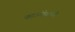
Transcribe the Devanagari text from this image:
फाऊंन्‍डेशनने